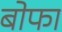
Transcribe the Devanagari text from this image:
बोफा